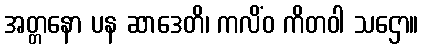
အတ္တနော ပန ဆာဒေတိ၊ ကလိံဝ ကိတဝါ သဌော။